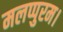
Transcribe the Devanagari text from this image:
मलप्पुरम।